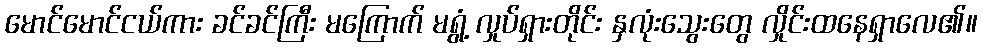
မောင်မောင်ငယ်ကား ခင်ခင်ကြီး မကြောက် မရွံ့ လှုပ်ရှားတိုင်း နှလုံးသွေးတွေ လှိုင်းထနေရှာလေ၏။